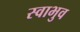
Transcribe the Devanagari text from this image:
स्वाभुव